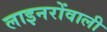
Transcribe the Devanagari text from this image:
लाइनरोंवाली